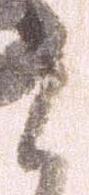
候